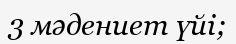
3 мәдениет үйі;